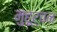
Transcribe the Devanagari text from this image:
मुहूर्चन